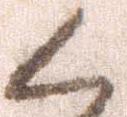
く